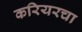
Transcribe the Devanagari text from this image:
करियरचा